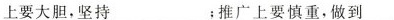
上要大胆，坚持___；推广上要慎重，做到___